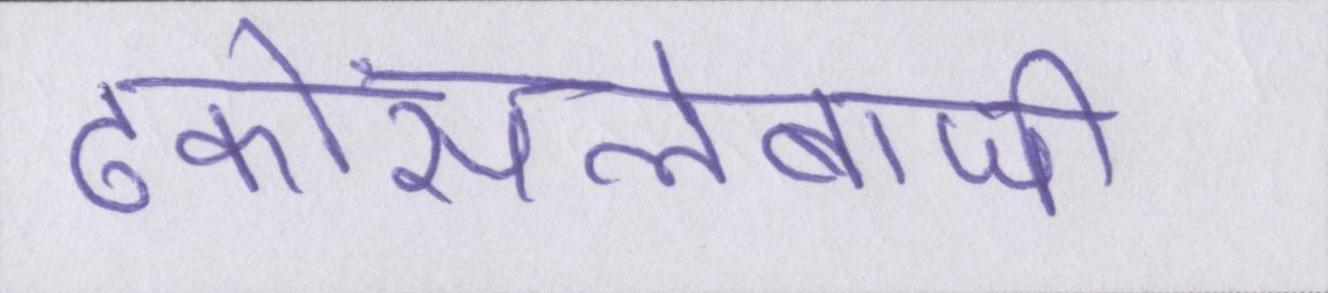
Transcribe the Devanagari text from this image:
ढकोंसलेबाजी